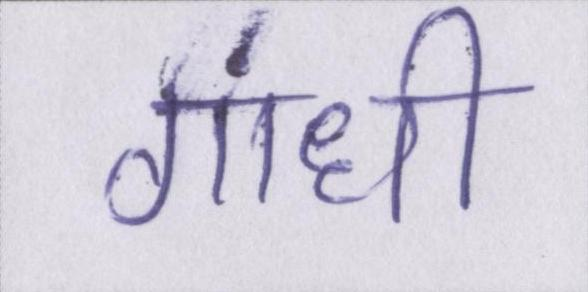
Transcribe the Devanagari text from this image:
गांधी